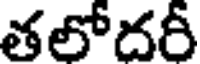
తలోదరీ